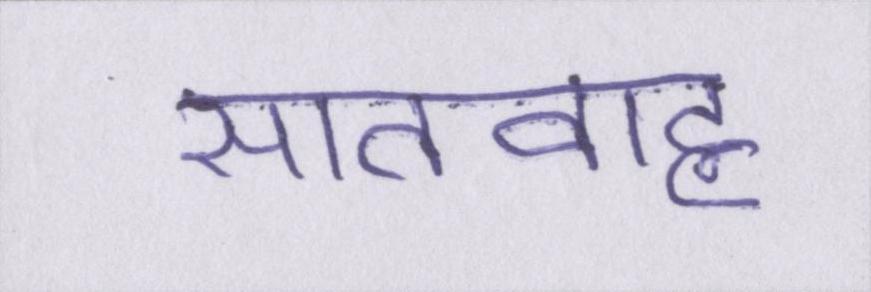
सातवाह्न